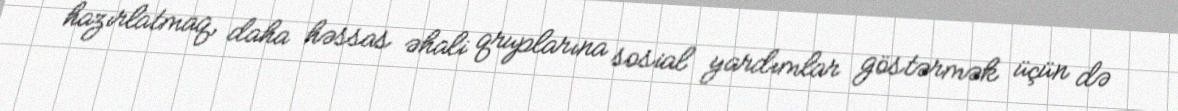
hazırlatmaq, daha həssas əhali qruplarına sosial yardımlar göstərmək üçün də